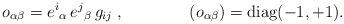
LaTeX: \begin{align*}o_{\alpha\beta} = e^{i}{}_{\alpha}\,e^{j}{}_{\beta}\,g_{ij}\; ,\qquad\qquad (o_{\alpha\beta}) ={\rm diag}(-1,+1).\end{align*}